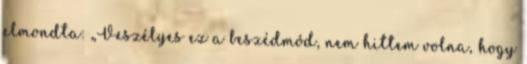
elmondta: „Veszélyes ez a beszédmód, nem hittem volna, hogy